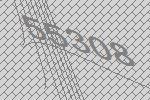
55308